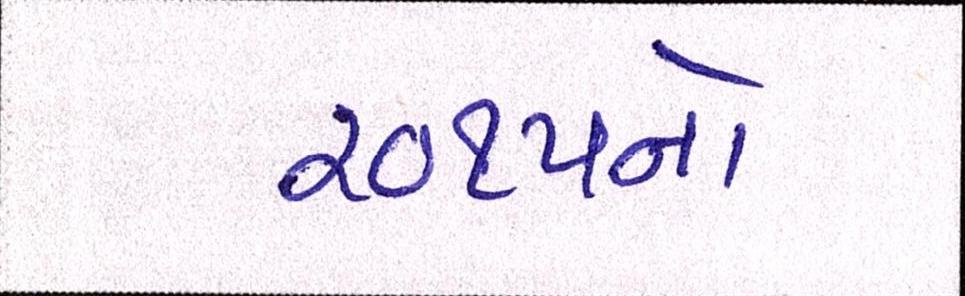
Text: ૨૦૧૫નો